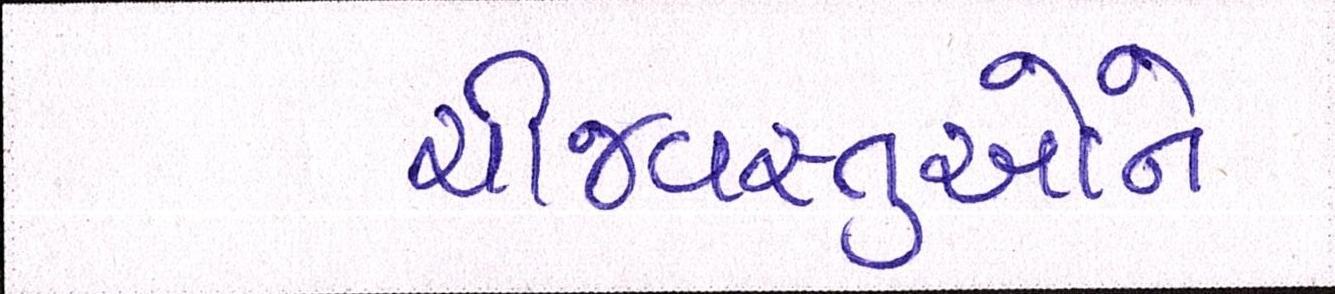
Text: ચીજવસ્તુઓને